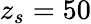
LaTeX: z_{s}=50